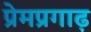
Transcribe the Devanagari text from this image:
प्रेमप्रगाढ़